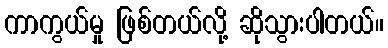
ကာကွယ်မှု ဖြစ်တယ်လို့ ဆိုသွားပါတယ်။